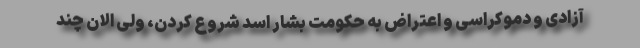
آزادی و دموکراسی و اعتراض به حکومت بشار اسد شروع کردن، ولی الان چند